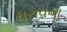
ધરાવના